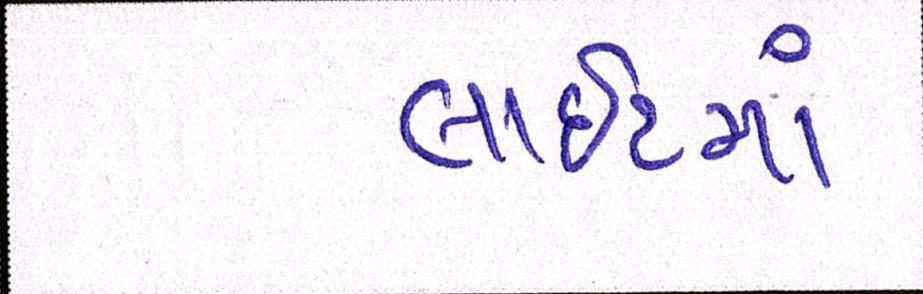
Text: લાઈટમાં